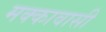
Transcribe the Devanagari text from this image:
मक्कावासी